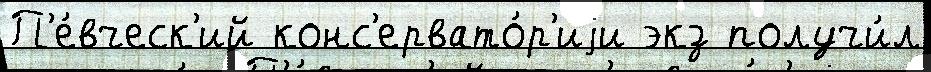
П'е́вческ'ий конс'ервато́р'иjи экз получи́л